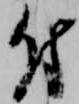
付